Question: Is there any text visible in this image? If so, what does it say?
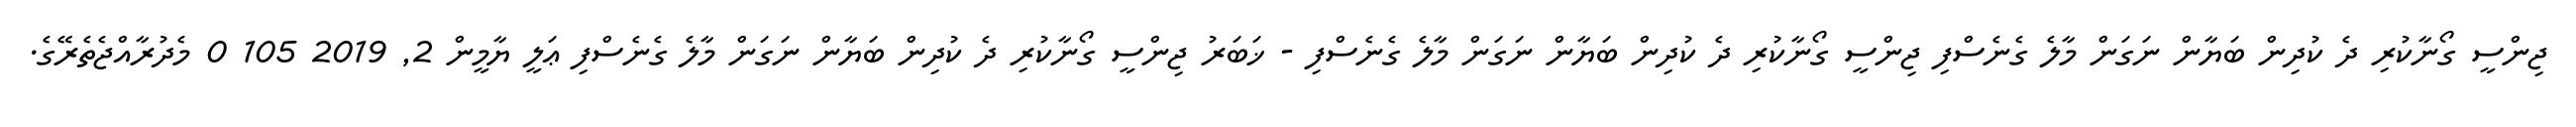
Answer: ޖިންސީ ގޯނާކުރި ދެ ކުދިން ބަޔާން ނަގަން މާލެ ގެނެސްފި ޖިންސީ ގޯނާކުރި ދެ ކުދިން ބަޔާން ނަގަން މާލެ ގެނެސްފި - ޚަބަރު ޖިންސީ ގޯނާކުރި ދެ ކުދިން ބަޔާން ނަގަން މާލެ ގެނެސްފި ޢަލީ ޔާމީން 2, 2019 105 0 މެދުރާއްޖެތެރޭގެ.